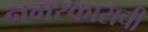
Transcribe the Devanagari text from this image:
नमस्काराची